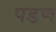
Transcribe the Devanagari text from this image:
पडण